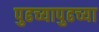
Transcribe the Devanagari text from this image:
पुढच्यापुढच्या